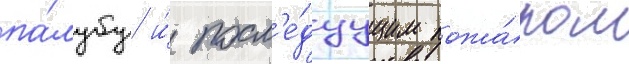
па́лубу и́ посл'е́дуущим пожа́ром